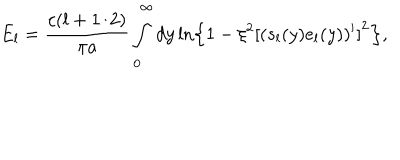
E _ { l } = \frac { c ( l + 1 / 2 ) } { \pi a } \int _ { 0 } ^ { \infty } d y \ln \left\{ 1 - \xi ^ { 2 } \left[ ( s _ { l } ( y ) e _ { l } ( y ) ) ^ { \prime } \right] ^ { 2 } \right\} ,